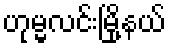
ဟုမ္မလင်းမြို့နယ်